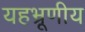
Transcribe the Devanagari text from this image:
यहभ्रूणीय